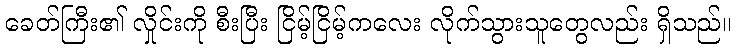
ခေတ်ကြီး၏ လှိုင်းကို စီးပြီး ငြိမ့်ငြိမ့်ကလေး လိုက်သွားသူတွေလည်း ရှိသည်။